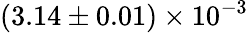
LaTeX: (3.14\pm 0.01)\times 10^{-3}